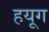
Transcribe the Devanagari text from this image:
हयूग